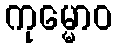
ကုမ္မောဝ